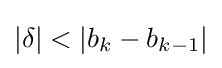
{\textstyle |\delta |<|b_{k}-b_{k-1}|}